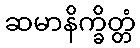
ဆမာနိက္ခိတ္တံ